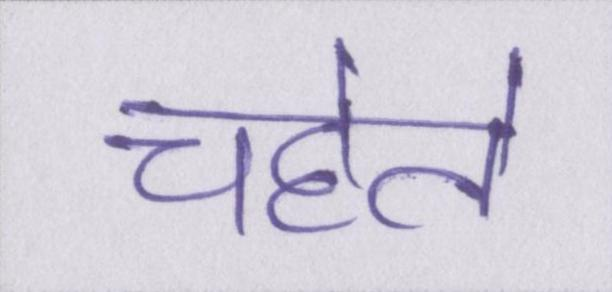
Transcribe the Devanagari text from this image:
चहेते